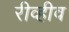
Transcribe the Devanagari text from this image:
रीव्हीव